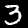
Label: 3